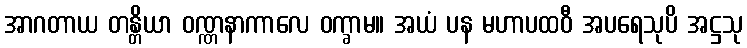
အာဂတာယ တန္တိယာ ဝဏ္ဏနာကာလေ ဝက္ခာမ။ အယံ ပန မဟာပထဝီ အပရေသုပိ အဋ္ဌသု